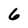
Character: 6